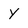
Character: y